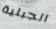
الجبلية